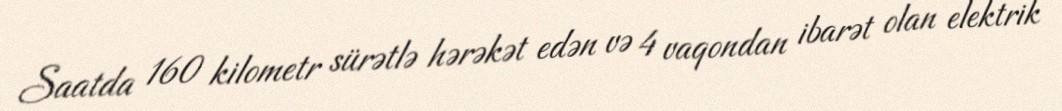
Saatda 160 kilometr sürətlə hərəkət edən və 4 vaqondan ibarət olan elektrik